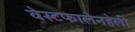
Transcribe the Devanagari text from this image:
वेस्टफालेनहेली